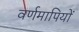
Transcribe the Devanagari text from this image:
वर्णमापियों